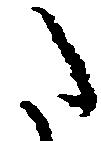
た